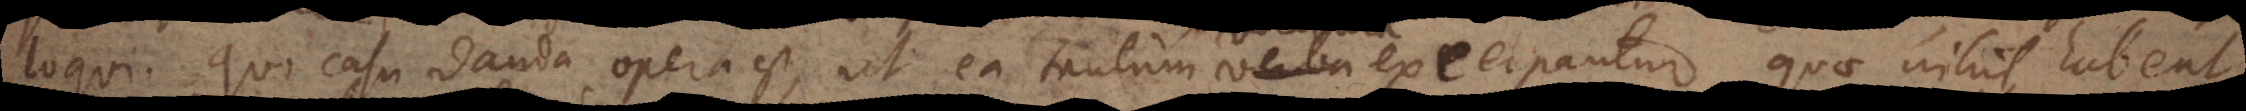
loqui. Quo casu danda opera est, ut ea tantum verba excerpantur, quae nihil habent